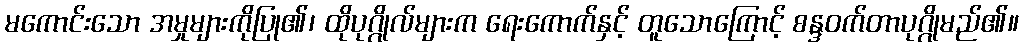
မကောင်းသော အမှုများကိုပြု၏၊ ထိုပုဂ္ဂိုလ်များက ရေးကောက်နှင့် တူသောကြောင့် စန္ဒဝက်တာပုဂ္ဂိုမည်၏။